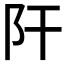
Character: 𨸗